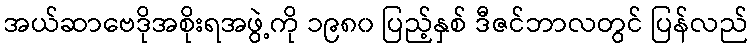
အယ်ဆာဗေဒိုအစိုးရအဖွဲ့ကို ၁၉၈၀ ပြည့်နှစ် ဒီဇင်ဘာလတွင် ပြန်လည်